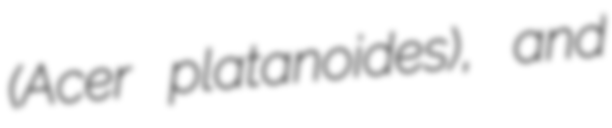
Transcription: (Acer platanoides), and